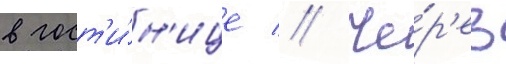
в гост'и́н'ице // Че́р'ез